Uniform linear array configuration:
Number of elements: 32
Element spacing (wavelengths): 0.75
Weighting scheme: uniform
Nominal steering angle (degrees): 15
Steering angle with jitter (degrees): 14.891
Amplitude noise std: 0.05
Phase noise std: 0.05

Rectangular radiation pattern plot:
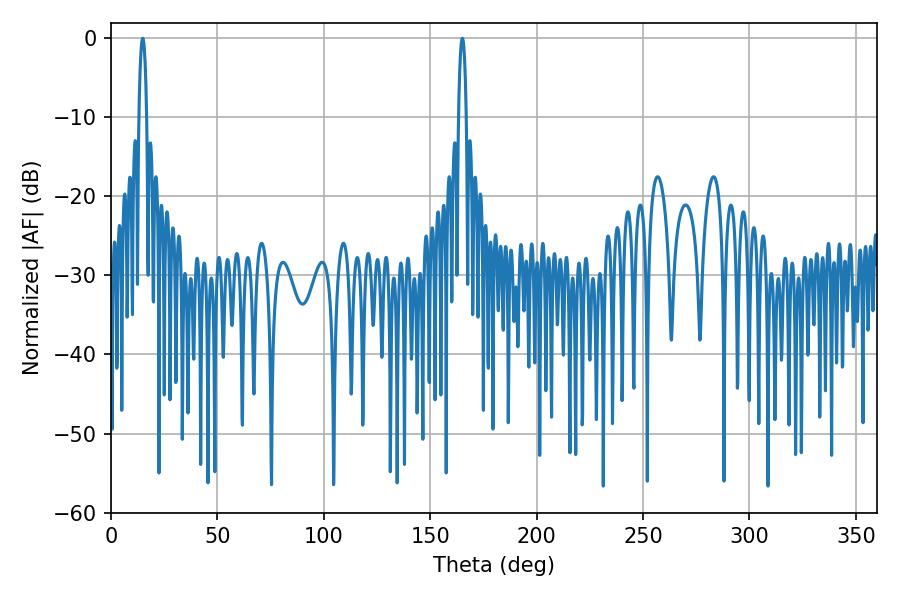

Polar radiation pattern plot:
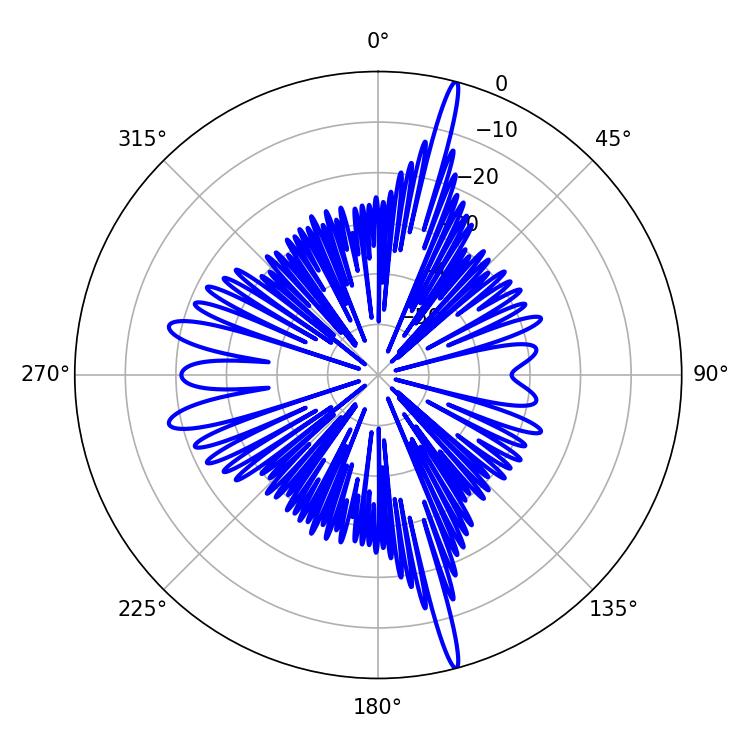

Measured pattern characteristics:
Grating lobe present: TRUE
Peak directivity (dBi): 20.761
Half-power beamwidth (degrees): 1.98
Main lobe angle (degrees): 165.06